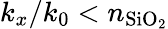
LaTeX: k_{x}/k_{0}<n_{\mathrm{SiO_{2}}}